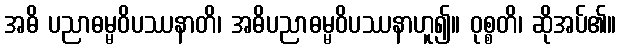
အဓိ ပညာဓမ္မဝိပဿနာတိ၊ အဓိပညာဓမ္မဝိပဿနာဟူ၍။ ဝုစ္စတိ၊ ဆိုအပ်၏။